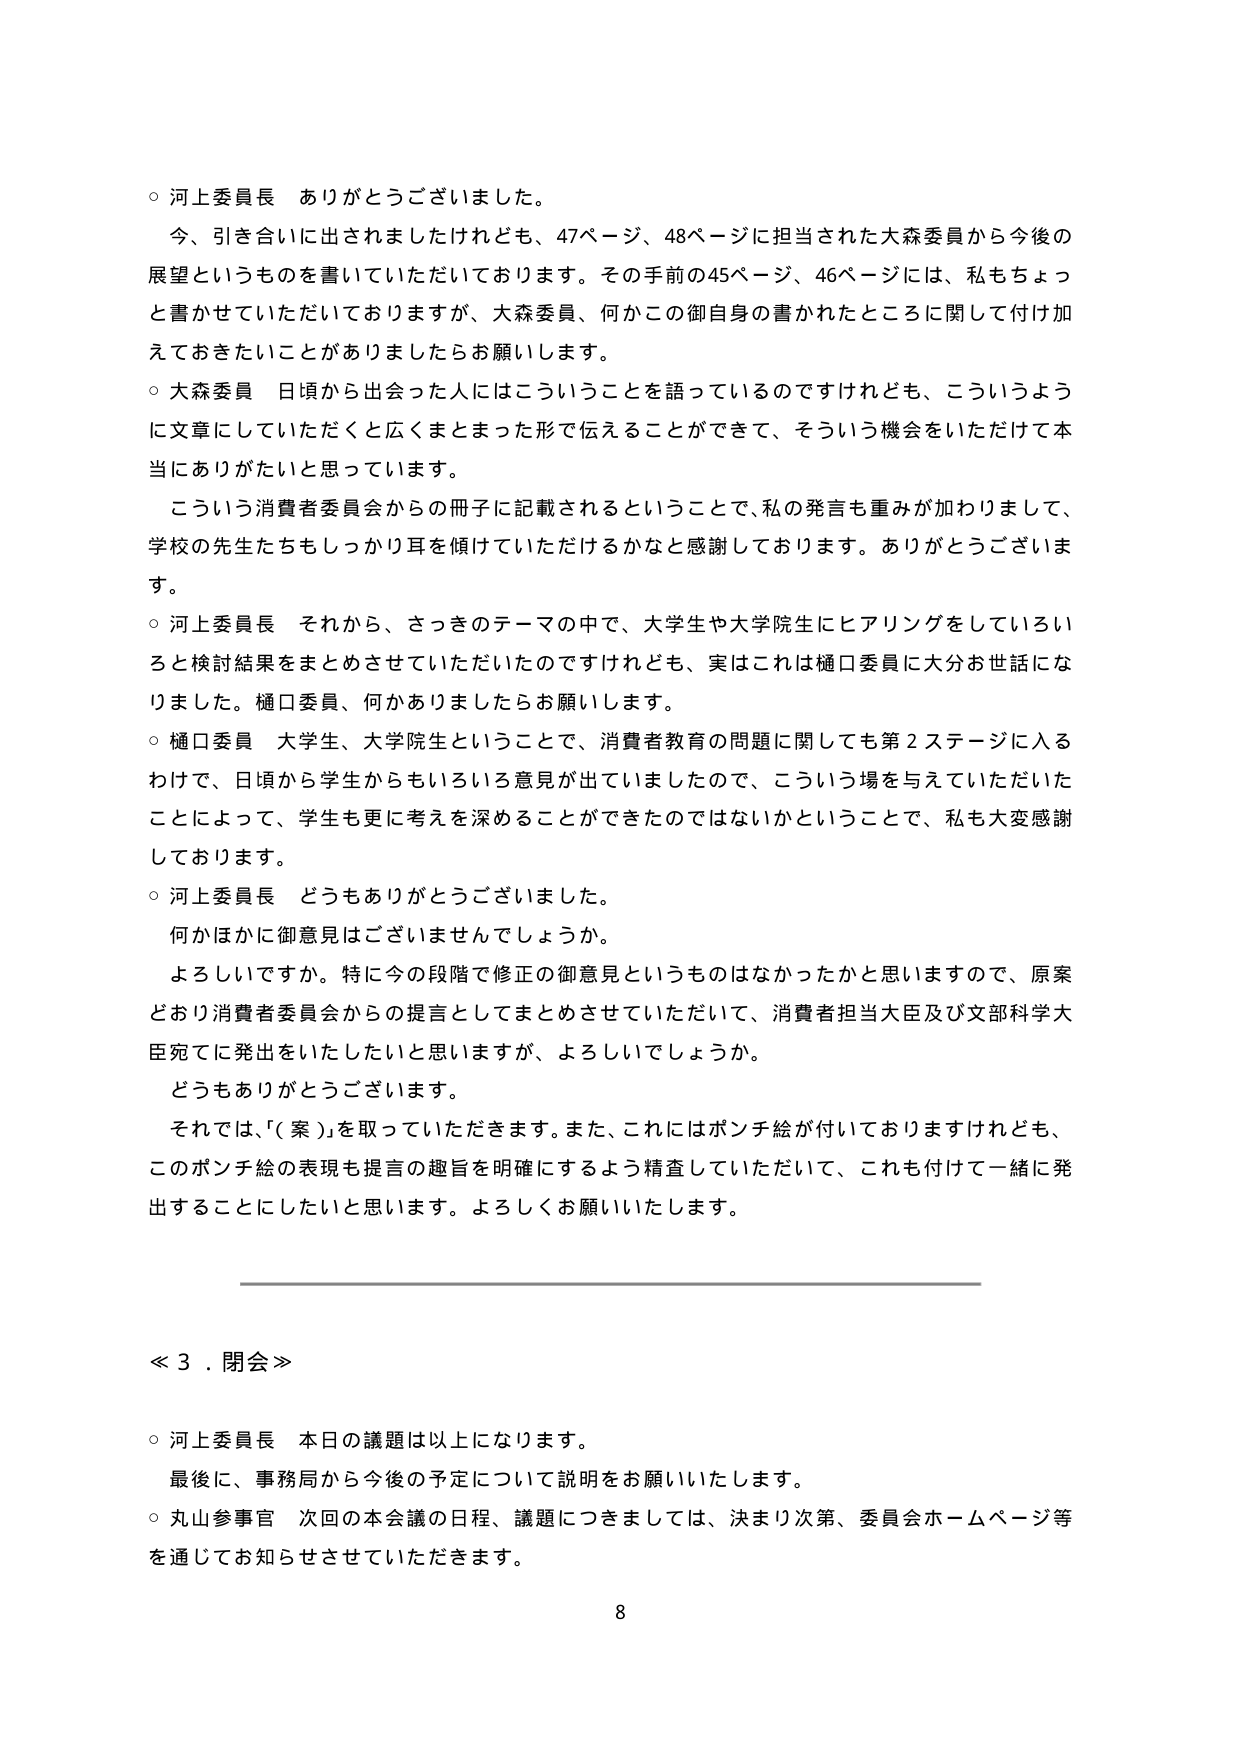
○ 河上委員長 ありがとうございました。
今、引き合いに出されましたけれども、47ページ、48ページに担当された大森委員から今後の展望というものを書いていただいております。その手前の45ページ、46ページには、私もちょっと書かせていただいておりますが、大森委員、何かこの御自身の書かれたところに関して付け加えておきたいことがありましたらお願いします。

○ 大森委員 日頃から出会った人にはこういうことを語っているのですけれども、こういうように文章にしていただくと広くまとまった形で伝えることができて、そういう機会をいただいて本当にありがたいと思っています。
こういう消費者委員会からの冊子に記載されるということで、私の発言も重みが加わりまして、学校の先生たちもしっかり耳を傾けていただけるかなと感謝しております。ありがとうございます。

○ 河上委員長 それから、さっきのテーマの中で、大学生や大学院生にヒアリングをしていろいろと検討結果をまとめさせていただいたのですけれども、実はこれは樋口委員に大分お世話になりました。樋口委員、何かありましたらお願いします。

○ 樋口委員 大学生、大学院生ということで、消費者教育の問題に関しても第2ステージに入るわけで、日頃から学生からもいろいろ意見が出ていましたので、こういう場を与えていただいたことによって、学生も更に考えを深めることができたのではないかということで、私も大変感謝しております。

○ 河上委員長 どうもありがとうございました。
何かほかに御意見はございませんでしょうか。
よろしいですか。特に今の段階で修正の御意見というものはなかったかと思いますので、原案どおり消費者委員会からの提言としてまとめさせていただいて、消費者担当大臣及び文部科学大臣宛てに発出をいたしたいと思いますが、よろしいでしょうか。
どうもありがとうございます。
それでは、「（案）」を取っていただきます。また、これにはポンチ絵が付いておりますけれども、このポンチ絵の表現も提言の趣旨を明確にするよう精査していただいて、これも付けて一緒に発出することにしたいと思います。よろしくお願いいたします。

≪ 3．閉会 ≫

○ 河上委員長 本日の議題は以上になります。
最後に、事務局から今後の予定について説明をお願いいたします。

○ 丸山参事官 次回の本会議の日程、議題につきましては、決まり次第、委員会ホームページ等を通じてお知らせさせていただきます。

8